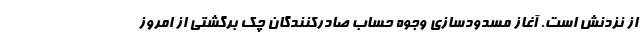
از نزدنش است. آغاز مسدودسازی وجوه حساب صادرکنندگان چک برگشتی از امروز